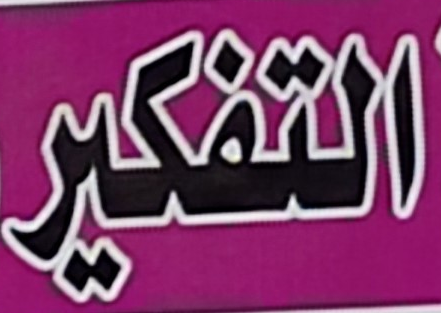
التفكير